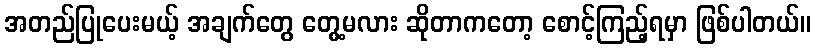
အတည်ပြုပေးမယ့် အချက်တွေ တွေ့မလား ဆိုတာကတော့ စောင့်ကြည့်ရမှာ ဖြစ်ပါတယ်။